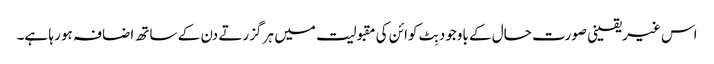
اس غیریقینی صورت حال کے باوجود بِٹ کوائن کی مقبولیت میں ہر گزرتے دن کے ساتھ اضافہ ہو رہا ہے۔